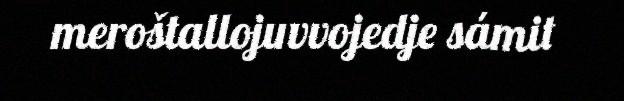
meroštallojuvvojedje sámit